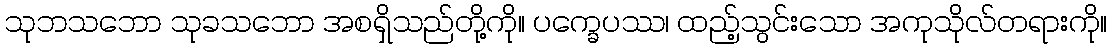
သုဘသဘော သုခသဘော အစရှိသည်တို့ကို။ ပက္ခေပဿ၊ ထည့်သွင်းသော အကုသိုလ်တရားကို။